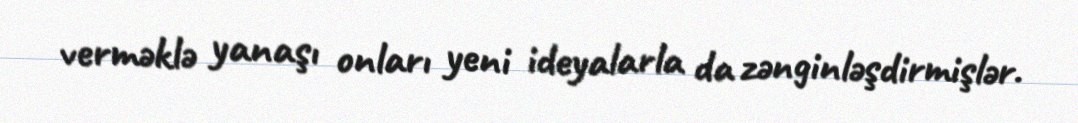
verməklə yanaşı onları yeni ideyalarla da zənginləşdirmişlər.